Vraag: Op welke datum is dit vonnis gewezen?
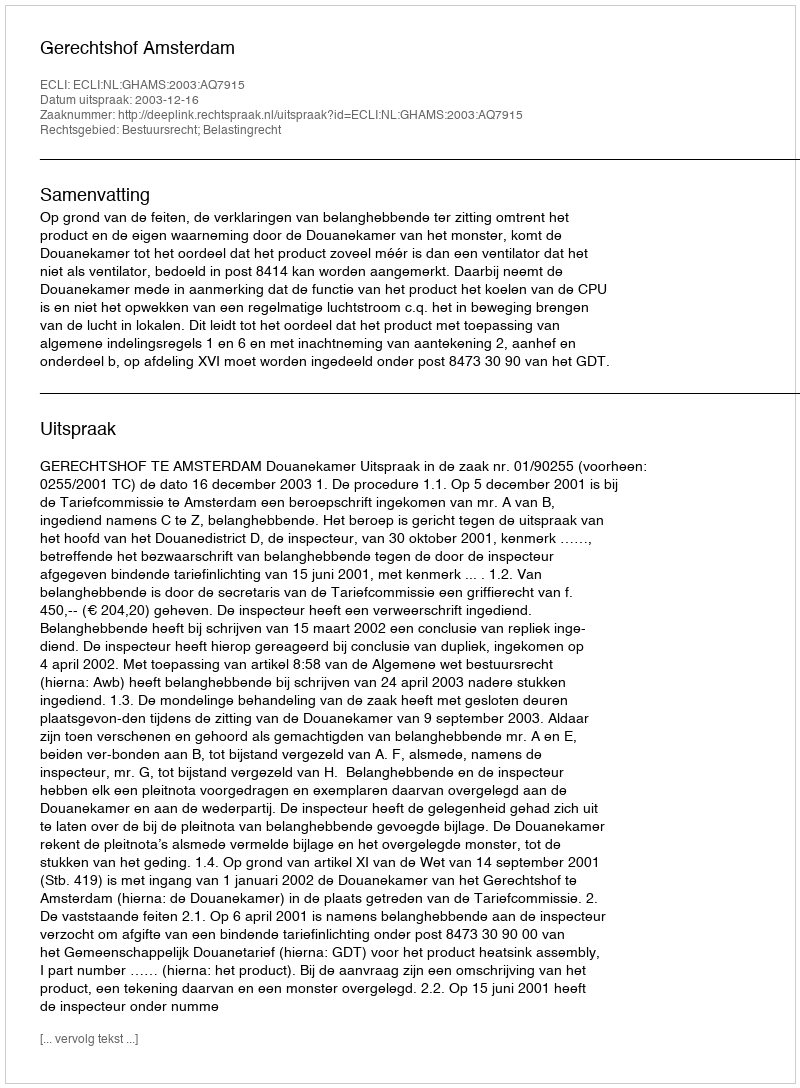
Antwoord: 2003-12-16